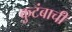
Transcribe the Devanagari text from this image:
कुटंबाची